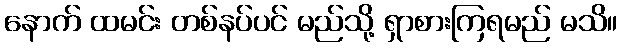
နောက် ထမင်း တစ်နပ်ပင် မည်သို့ ရှာစားကြရမည် မသိ။